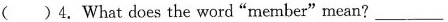
( )4. What does the word "member" mean? ___